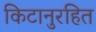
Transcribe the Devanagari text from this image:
किटानुरहित